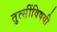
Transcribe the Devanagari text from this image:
तुत्‍सींविषयी